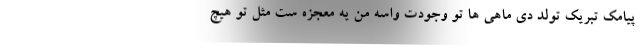
پیامک تبریک تولد دی ماهی ها تو وجودت واسه من یه معجزه ست مثل تو هیچ